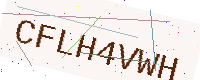
Text: CFLH4VWH